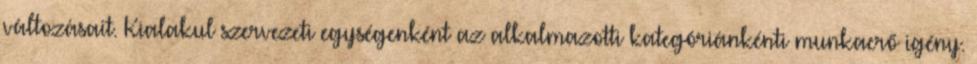
változásait. Kialakul szervezeti egységenként az alkalmazotti kategóriánkénti munkaerő igény.